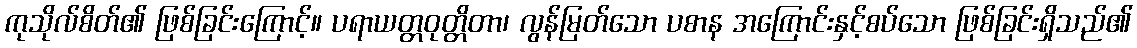
ကုသိုလ်စိတ်၏ ဖြစ်ခြင်းကြောင့်။ ပရာယတ္တဝုတ္တိတာ၊ လွန်မြတ်သော ပစာန အကြောင်းနှင့်စပ်သော ဖြစ်ခြင်းရှိသည်၏